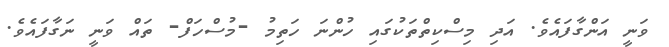
ވަނީ އަންގާފައެވެ. އަދި މިސްކިތްތަކުގައި ހުންނަ ހަތިމު -މުސްހަފް- ތައް ވަނީ ނަގާފައެވެ.